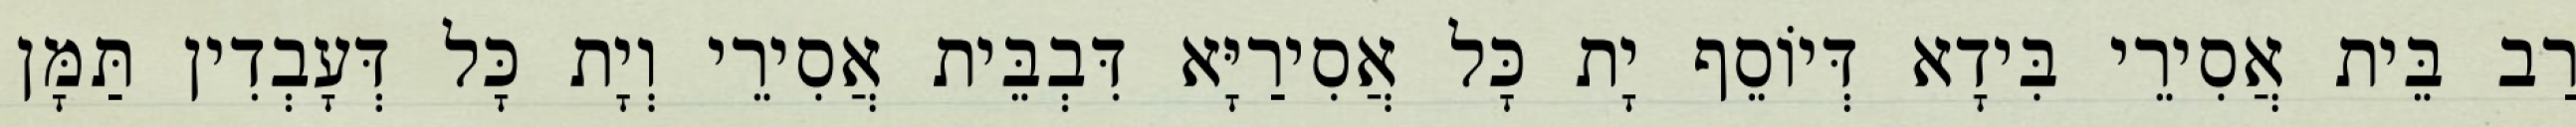
רַב בֵּית אֲסִירֵי בִּידָא דְּיוֹסֵף יָת כָּל אֲסִירַיָּא דִּבְבֵּית אֲסִירֵי וְיָת כָּל דְּעָבְדִין תַּמָּן